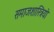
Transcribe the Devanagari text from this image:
समाजशास्त्रियो